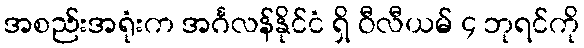
အစည်းအရုံးက အင်္ဂလန်နိုင်ငံ ရှိ ဝီလီယမ် ၄ ဘုရင်ကို